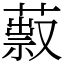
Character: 䔴